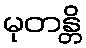
မုတန္တိ